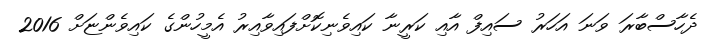
ދެހާސްބާރަ ވަނަ އަހަރު ސައިފް އާއި ކަރީނާ ކައިވެނިކޮށްފައިވާއިރު އެމީހުންގެ ކައިވެންޏަށް 2016